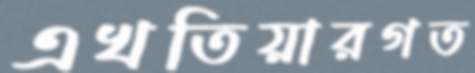
এখতিয়ারগত